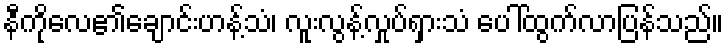
နီကိုလေ၏ချောင်းဟန့်သံ၊ လူးလွန့်လှုပ်ရှားသံ ပေါ်ထွက်လာပြန်သည်။